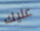
عليك